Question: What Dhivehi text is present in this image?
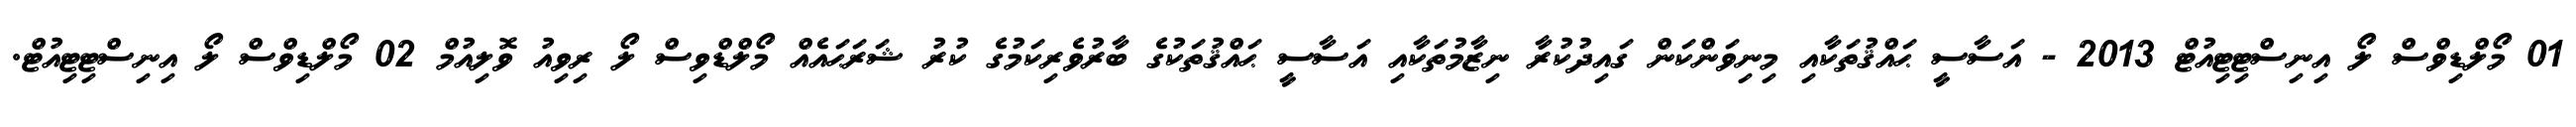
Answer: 01 މޯލްޑިވްސް ލޯ އިނިސްޓިޓިއުޓް 2013 - އަސާސީ ޙައްޤުތަކާއި މިނިވަންކަން ގައިދުކުރާ ނިޒާމުތަކާއި އަސާސީ ޙައްޤުތަކުގެ ބާރުވެރިކަމުގެ ކުރު ޝަރަޙައެއް މޯލްޑްވިސް ލޯ ރިވިއު ވޮލިއުމް 02 މޯލްޑިވްސް ލޯ އިނިސްޓިޓިއުޓް.